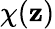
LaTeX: \chi(\mathbf{z})